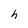
Character: h